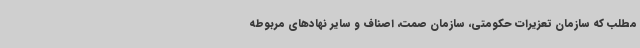
مطلب که سازمان تعزیرات حکومتی، سازمان صمت، اصناف و سایر نهادهای مربوطه